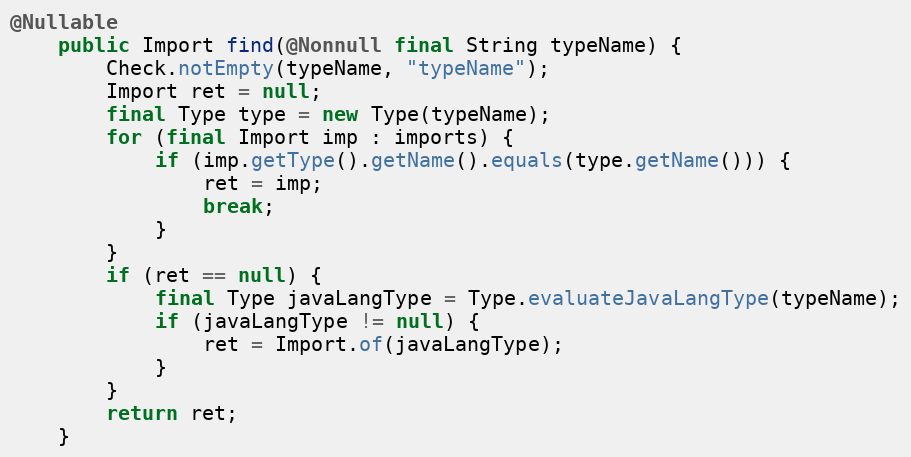
Language: Java
@Nullable
	public Import find(@Nonnull final String typeName) {
		Check.notEmpty(typeName, "typeName");
		Import ret = null;
		final Type type = new Type(typeName);
		for (final Import imp : imports) {
			if (imp.getType().getName().equals(type.getName())) {
				ret = imp;
				break;
			}
		}
		if (ret == null) {
			final Type javaLangType = Type.evaluateJavaLangType(typeName);
			if (javaLangType != null) {
				ret = Import.of(javaLangType);
			}
		}
		return ret;
	}